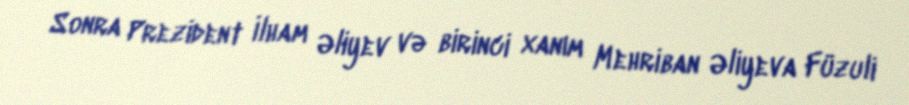
Sonra Prezident İlham Əliyev və birinci xanım Mehriban Əliyeva Füzuli